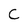
Character: C